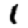
Digit: 1